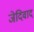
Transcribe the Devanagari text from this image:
जेदिवाद